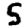
Digit: 5